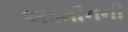
એડમીનની